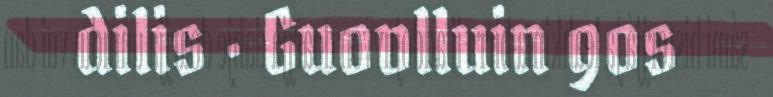
dilis · Guovlluin gos